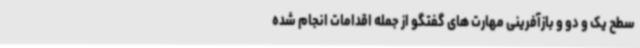
سطح یک و دو و بازآفرینی مهارت های گفتگو از جمله اقدامات انجام شده